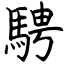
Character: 騁